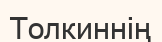
Толкиннің